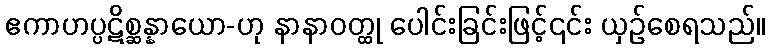
ဧကာဟပ္ပဋိစ္ဆန္နာယော-ဟု နာနာဝတ္ထု ပေါင်းခြင်းဖြင့်၎င်း ယှဉ်စေရသည်။